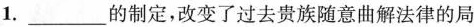
1.___的制定，改变了过去贵族随意曲解法律的局